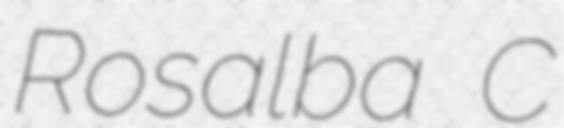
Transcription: Rosalba C